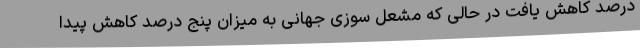
درصد کاهش یافت در حالی که مشعل سوزی جهانی به میزان پنج درصد کاهش پیدا